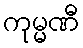
ကုမ္မဏီ